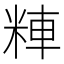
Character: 𱹄